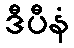
ဒီပီနံ